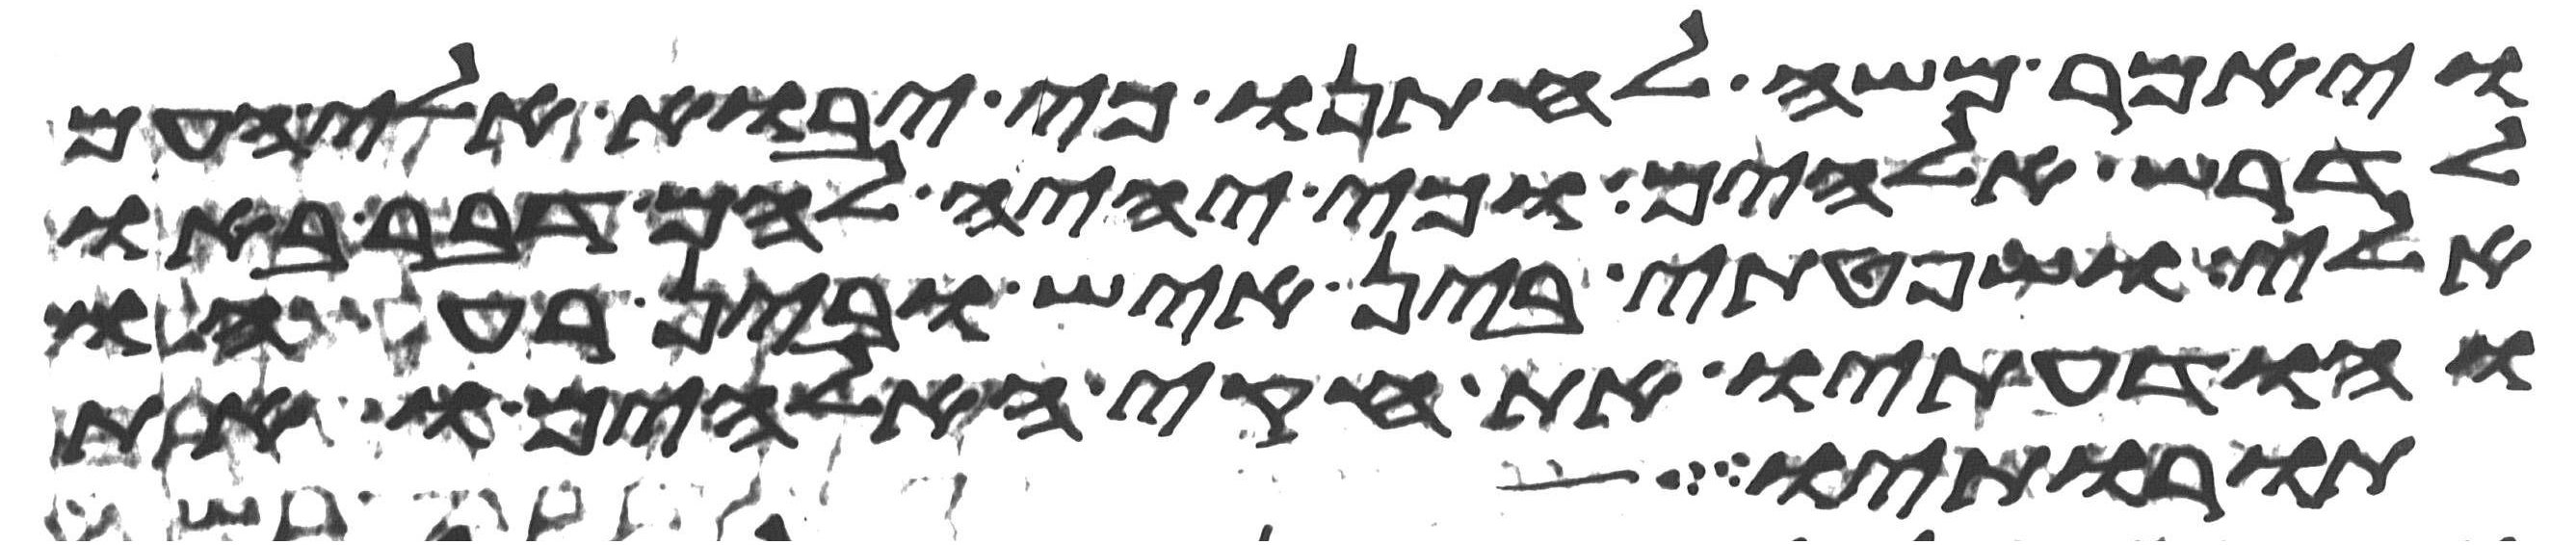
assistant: ויאמר משה לחתנו כי יבוא אלי העם
לדרש אלהים כי יהיה להם דבר בא
אלי ושפטתי בין איש ובין רעהו
והודעתיו את חקי האלהים ואת
תורותיו